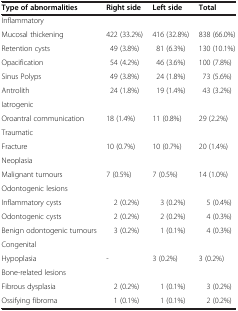
<table><thead><tr><td><b>Type of abnormalities</b></td><td><b>Right side</b></td><td><b>Left side</b></td><td><b>Total</b></td></tr></thead><tbody><tr><td>Inflammatory</td><td> </td><td> </td><td> </td></tr><tr><td>Mucosal thickening</td><td>422 (33.2%)</td><td>416 (32.8%)</td><td>838 (66.0%)</td></tr><tr><td>Retention cysts</td><td>49 (3.8%)</td><td>81 (6.3%)</td><td>130 (10.1%)</td></tr><tr><td>Opacification</td><td>54 (4.2%)</td><td>46 (3.6%)</td><td>100 (7.8%)</td></tr><tr><td>Sinus Polyps</td><td>49 (3.8%)</td><td>24 (1.8%)</td><td>73 (5.6%)</td></tr><tr><td>Antrolith</td><td>24 (1.8%)</td><td>19 (1.4%)</td><td>43 (3.2%)</td></tr><tr><td>Iatrogenic</td><td> </td><td> </td><td> </td></tr><tr><td>Oroantral communication</td><td>18 (1.4%)</td><td>11 (0.8%)</td><td>29 (2.2%)</td></tr><tr><td>Traumatic</td><td> </td><td> </td><td> </td></tr><tr><td>Fracture</td><td>10 (0.7%)</td><td>10 (0.7%)</td><td>20 (1.4%)</td></tr><tr><td>Neoplasia</td><td> </td><td> </td><td> </td></tr><tr><td>Malignant tumours</td><td>7 (0.5%)</td><td>7 (0.5%)</td><td>14 (1.0%)</td></tr><tr><td>Odontogenic lesions</td><td> </td><td> </td><td> </td></tr><tr><td>Inflammatory cysts</td><td>2 (0.2%)</td><td>3 (0.2%)</td><td>5 (0.4%)</td></tr><tr><td>Odontogenic cysts</td><td>2 (0.2%)</td><td>2 (0.2%)</td><td>4 (0.3%)</td></tr><tr><td>Benign odontogenic tumours</td><td>3 (0.2%)</td><td>1 (0.1%)</td><td>4 (0.3%)</td></tr><tr><td>Congenital</td><td> </td><td> </td><td> </td></tr><tr><td>Hypoplasia</td><td>-</td><td>3 (0.2%)</td><td>3 (0.2%)</td></tr><tr><td>Bone-related lesions</td><td> </td><td> </td><td> </td></tr><tr><td>Fibrous dysplasia</td><td>2 (0.2%)</td><td>1 (0.1%)</td><td>3 (0.2%)</td></tr><tr><td>Ossifying fibroma</td><td>1 (0.1%)</td><td>1 (0.1%)</td><td>2 (0.2%)</td></tr></tbody></table>